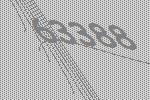
63388